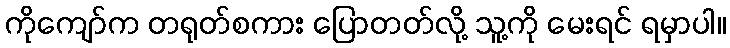
ကိုကျော်က တရုတ်စကား ပြောတတ်လို့ သူ့ကို မေးရင် ရမှာပါ။